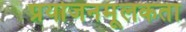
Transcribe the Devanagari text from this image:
प्रयोजनमूलकता